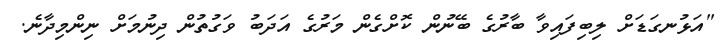
"އަޅުނގަޑަށް ލިބިފައިވާ ބާރުގެ ބޭނުން ކޮށްގެން މަރުގެ އަދަބު ވަގުތުން ދިނުމަށް ނިންމިދާނެ.